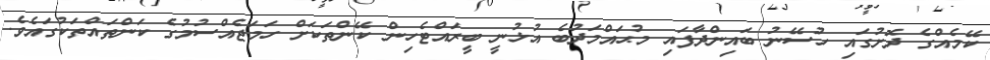
ކޭމެއްގެ ދޮށުގައި ހުސޭނު ބައިންދާފައި މުޙައްމަދުބެ އުޅުނީ ބީރައްޓެހިން ކޭންތަކަށް ހަމަޖެއްސުމުގެ ކަންތައްތަކުގައެވެ.